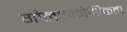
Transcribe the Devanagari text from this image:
गोलककोशिकता